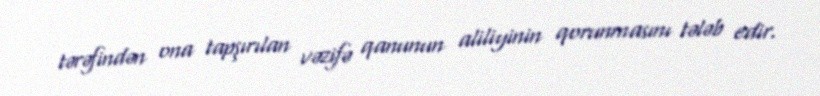
tərəfindən ona tapşırılan vəzifə qanunun aliliyinin qorunmasını tələb edir.